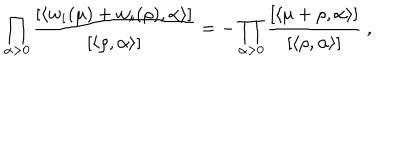
\prod _ { \alpha > 0 } \frac { [ \langle w _ { i } ( \mu ) + w _ { i } ( \rho ) , \alpha \rangle ] } { [ \langle \rho , \alpha \rangle ] } = - \prod _ { \alpha > 0 } \frac { [ \langle \mu + \rho , \alpha \rangle ] } { [ \langle \rho , \alpha \rangle ] } ~ ,